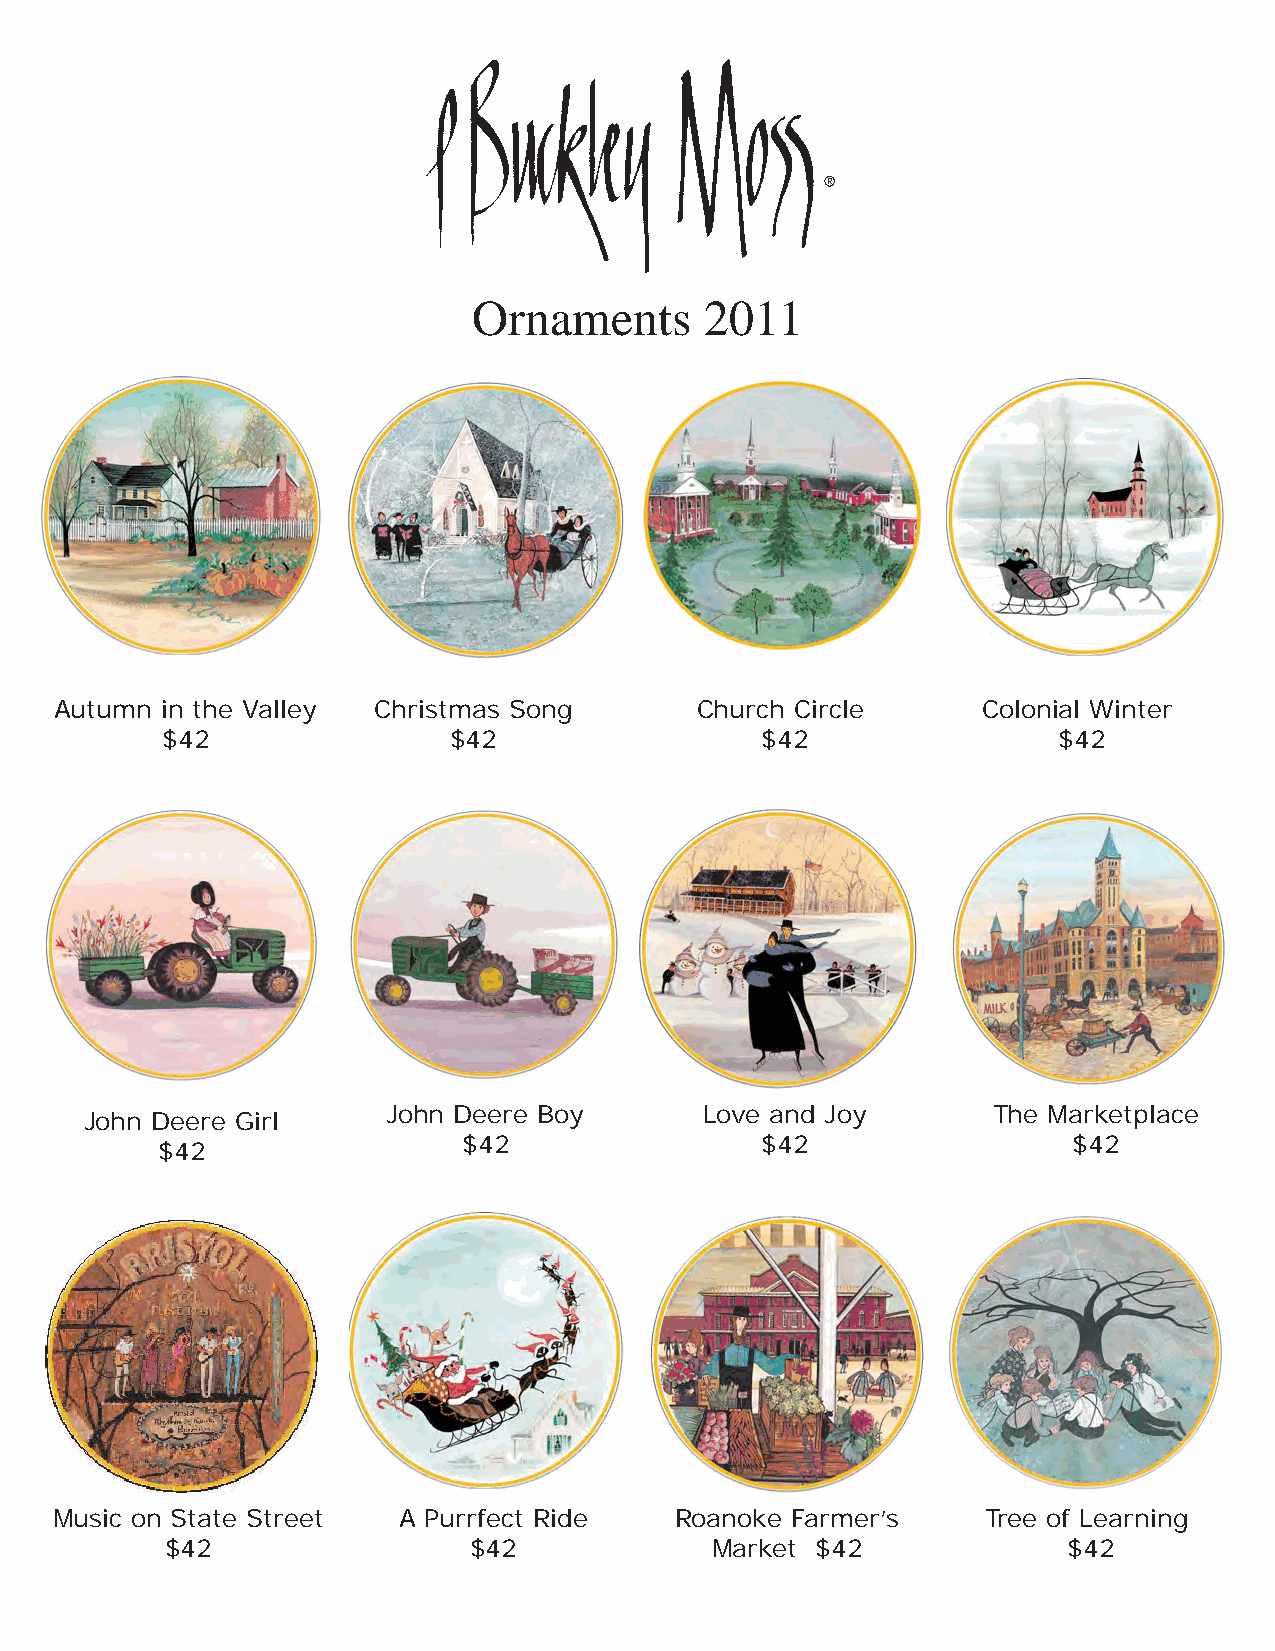
Ornaments       2011
 Autumn in the Valley Christmas Song       Church Circle      Colonial Winter
 $42                $42                 $42                 $42
 John Deere Boy       Love and Joy       The Marketplace
 John Deere Girl
 $42                $42                  $42
 $42
 Music on State Street A Purrfect Ride    Roanoke Farmer’s    Tree of Learning
 $42                 $42             Market $42              $42